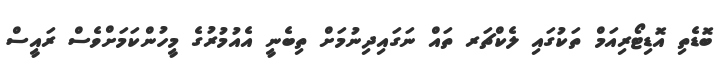
ބޮޑެތި އޮޑިޓޯރިއަމް ތަކުގައި ލެކްޗަރ ތައް ނަގައިދިނުމަށް ތިބެނީ އެއުމުރުގެ މީހުންކަމަށްވެސް ރައީސް